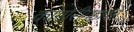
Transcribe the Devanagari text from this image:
कांगोरीगडावर